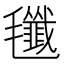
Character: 𣰷